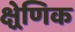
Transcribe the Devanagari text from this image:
क्ष्रेणिक